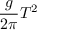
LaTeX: { \frac { g } { 2 \pi } } T ^ { 2 }